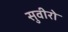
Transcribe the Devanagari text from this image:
सुवीरो